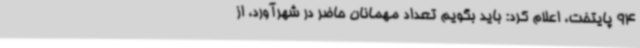
94 پایتخت، اعلام کرد: باید بگویم تعداد مهمانان حاضر در شهرآورد، از